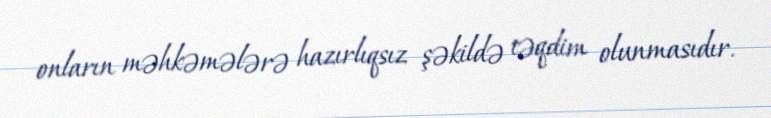
onların məhkəmələrə hazırlıqsız şəkildə təqdim olunmasıdır.